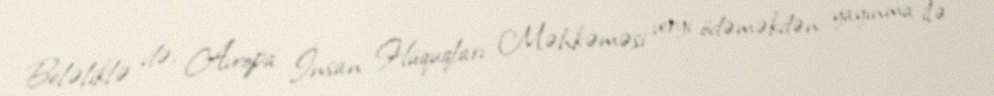
Beləliklə də, Avropa İnsan Hüquqları Məhkəməsi vergi ödəməkdən yayınma ilə